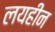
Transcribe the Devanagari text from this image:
लयहीन